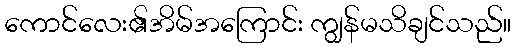
ကောင်လေး၏အိမ်အကြောင်း ကျွန်မသိချင်သည်။